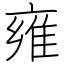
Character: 雍